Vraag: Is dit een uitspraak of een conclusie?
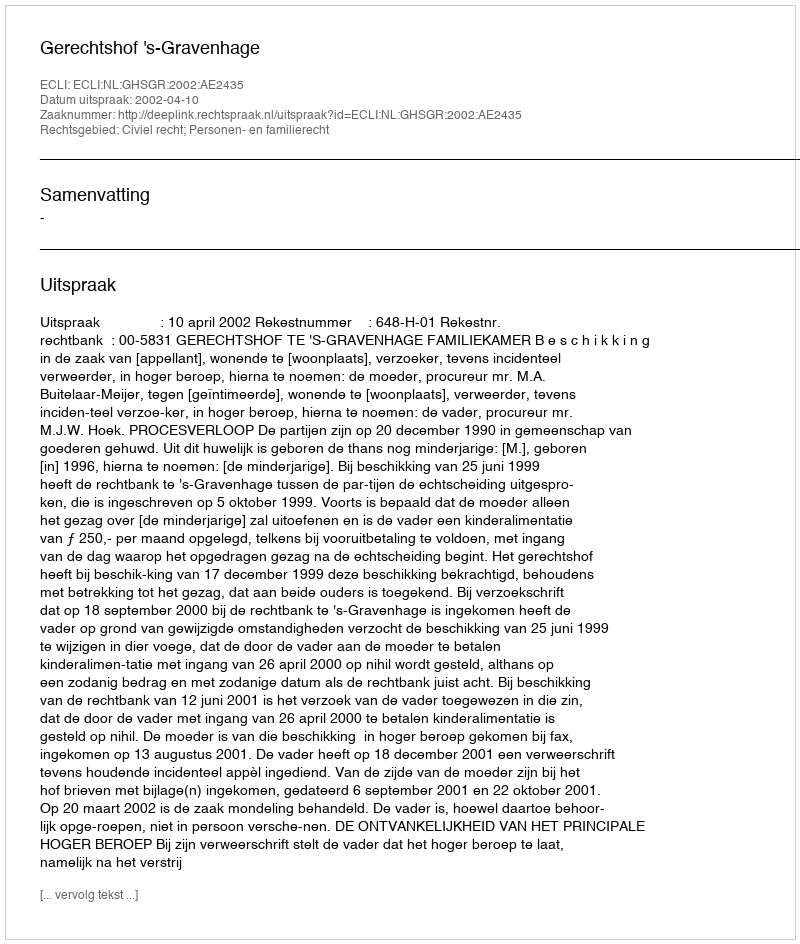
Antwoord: Uitspraak